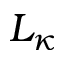
L _ { \kappa }